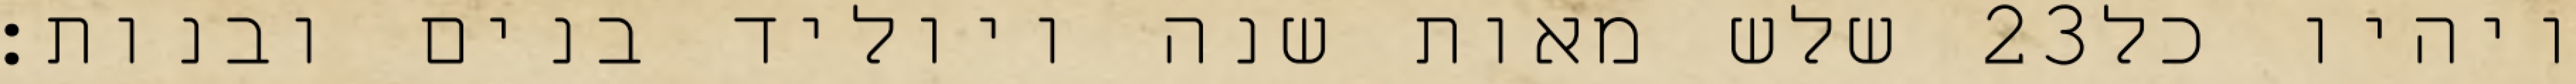
שלש מאות שנה ויוליד בנים ובנות׃ ‎23‏ ויהיו כל